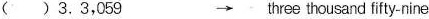
()3.3，059 → three thousand fifty-nine